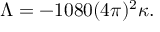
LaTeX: \Lambda = - 1 0 8 0 ( 4 \pi ) ^ { 2 } \kappa .